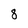
Character: 8